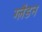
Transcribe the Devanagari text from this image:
ग्लैडन